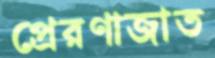
প্রেরণাজাত